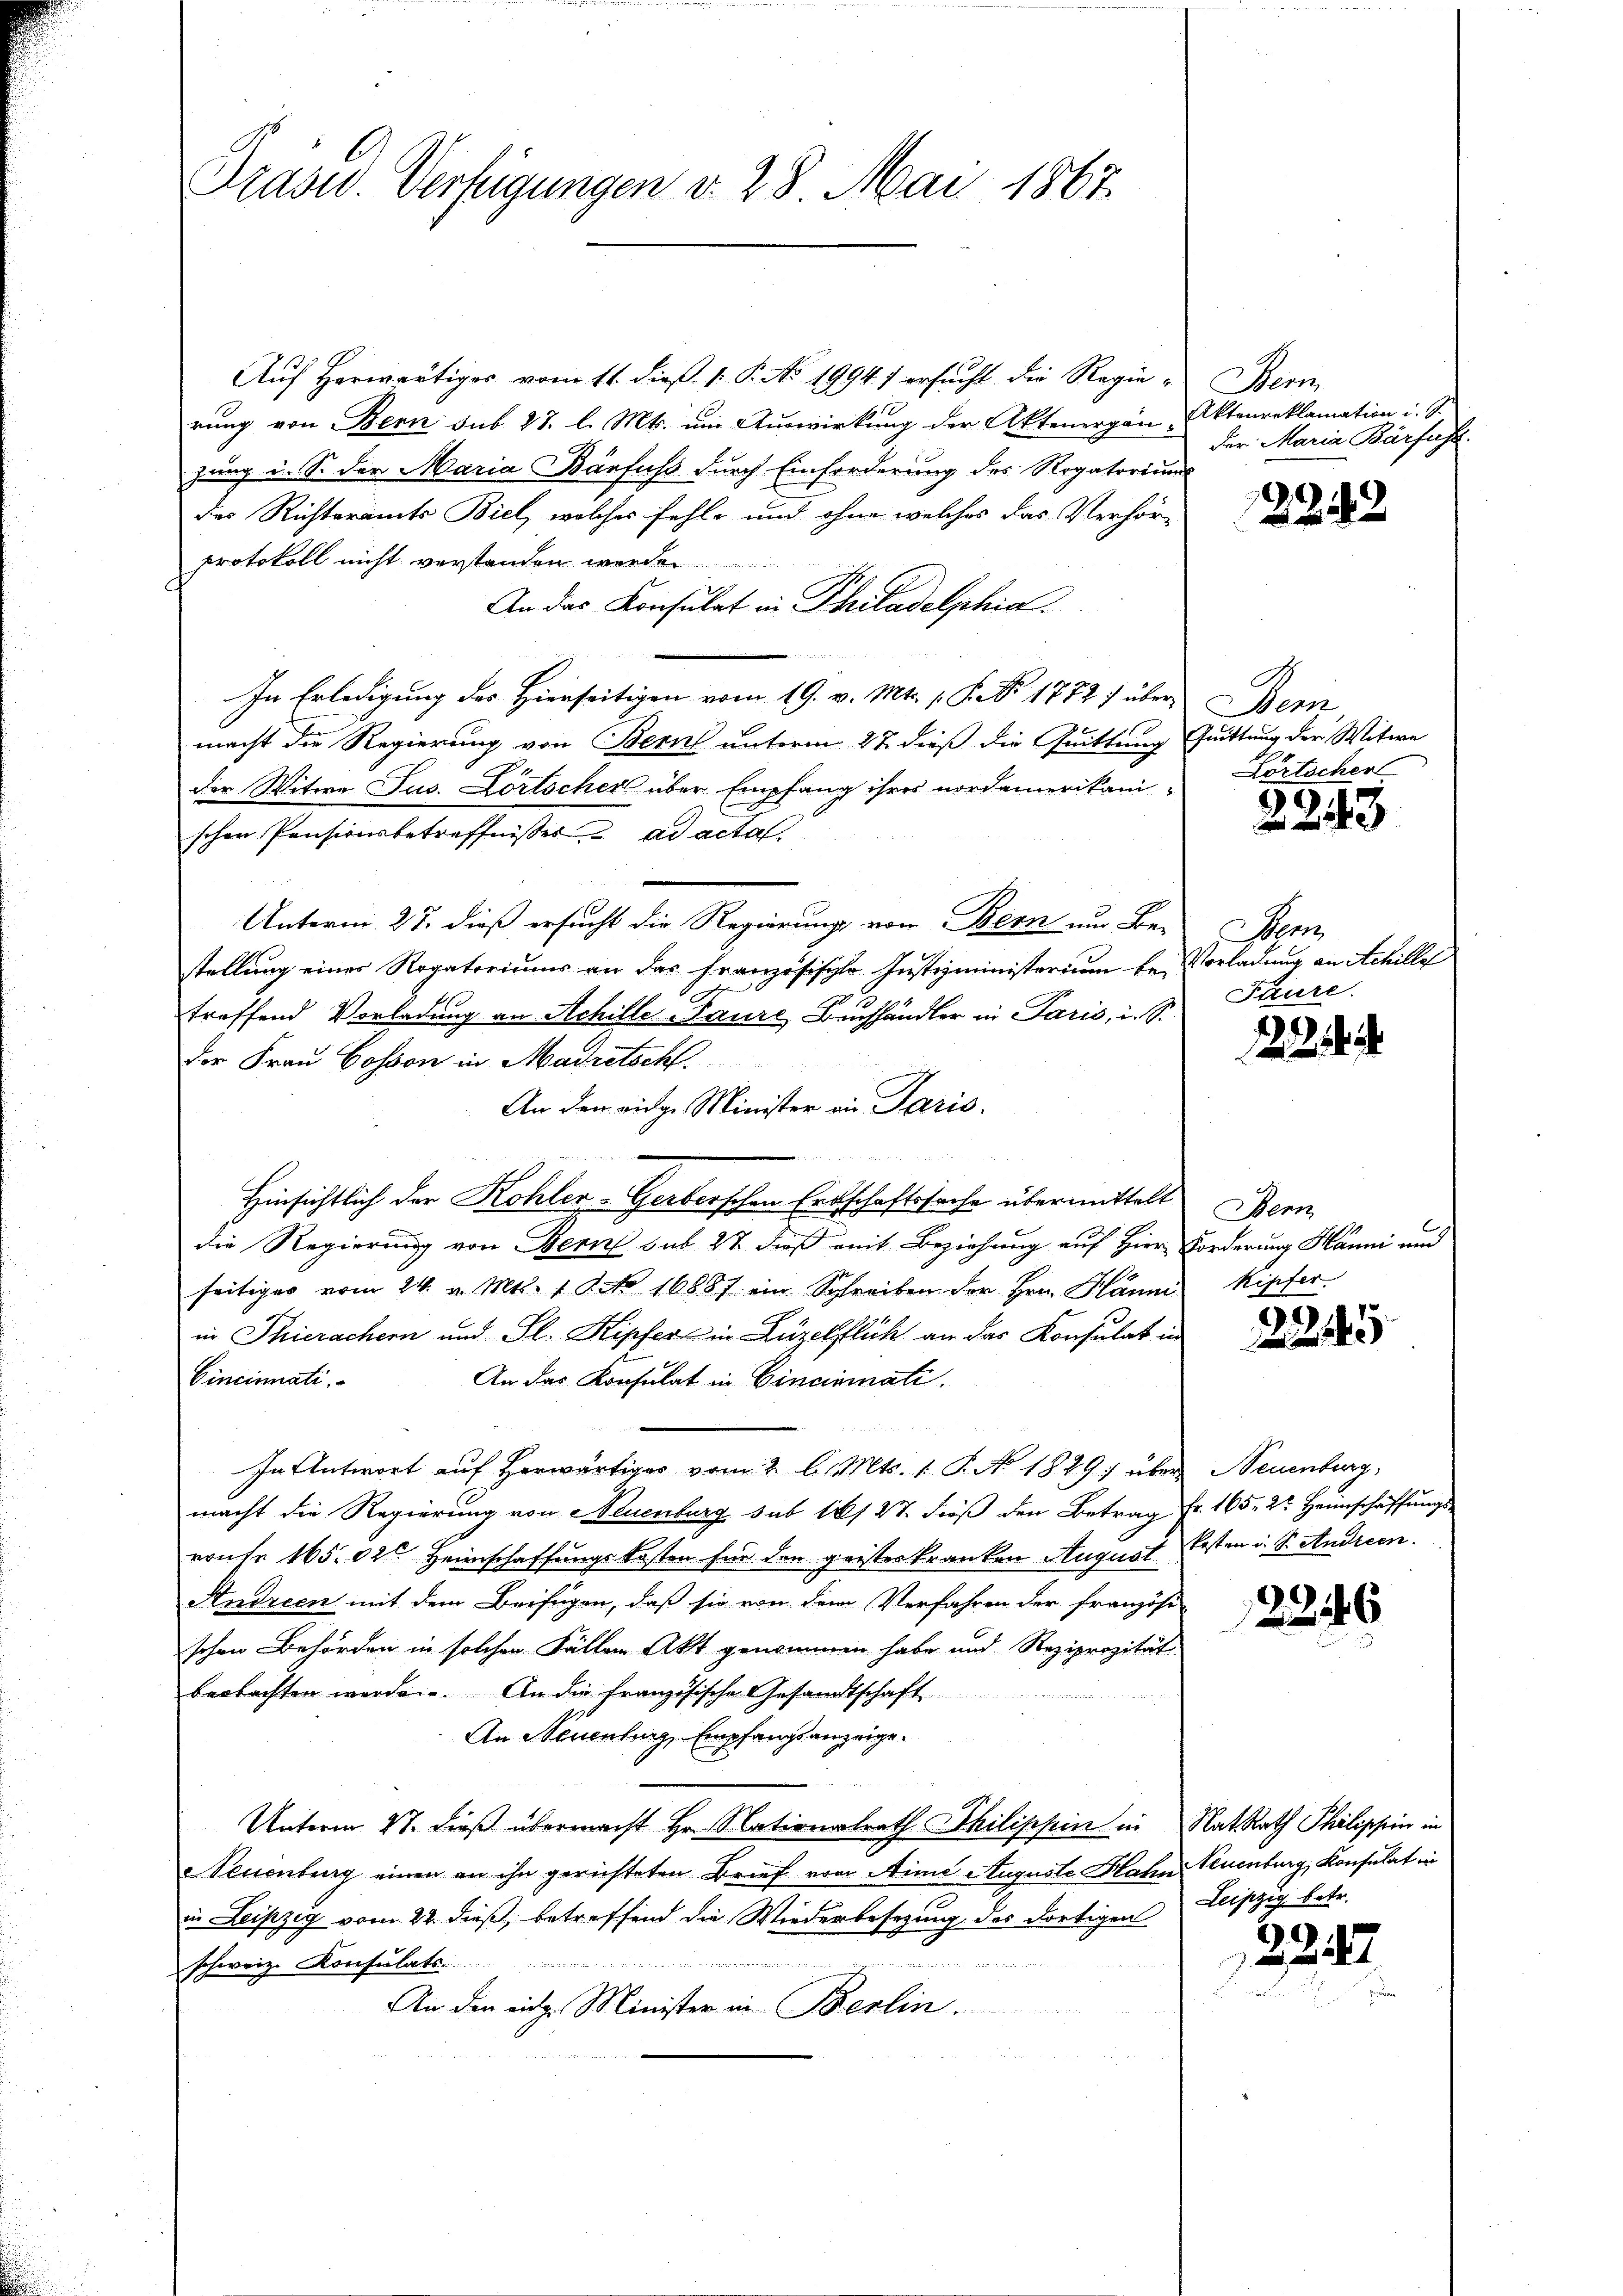
Trasw. Verfügungen v. 28. Mai 1867.

Auf Herwärtiges vom 11. dieß P. P. No. 1994) ersucht die Regierung von Bern sub 27. l. Mts. um Auswirkung der Aktenergan Aktenreklamation i. S.
zung i. S. der Maria Barfuss durch Einforderung des Rogatoriums
des Richteramts Biel, welches fehle und ohne welches das Verhör-
Protokoll nicht verstanden werde
An das Konsulat in Philadelphia
In Erledigung des Hierseitigen vom 19. v. Mts. 1. P. Nr. 1772) über Bern
macht die Regierung von Bern unterm 27. dieß die Quittung Quittung der Witwe
1
t
der Witwe Jus. Dortscher über Empfang ihres nordamerikani-
schen Pensionsbetreffnisses ad acta
Untern. 27. dieß ersucht die Regierung von Bern um Be-
stellung eines Rogatoriums an das französische Justizministerium be- Vorladung an Achille
treffend Vorladung an Achille Paure Bruchhändler in Paris, i. S.
Der Frau Cosson in Madretsch.
An den einge Minister in Paris.
g
 8
Hinsichtlich der Kohler-Gerberschen Erbschaftssache übermittelt
die Regierung von Bern sub 22 Fuß mit Beziehung auf Hier Forderung Hänni und
seitiger vom 24. v. Mts. 1 Art. 16887 ein Schreiben der Hrn. Hänni
in Thierachern und Sl. Kipfer in Luzelflich an das Konsulat in
Cincinati
An das Konsulat in Cincinati
In Antwort auf herwärtiger vom 2. l. Mts. 1. P. No 1849 über Neuenburg,
macht die Regierung von Neuenburg sub 1847 dieß den Betrag Fr. 165. 2t Heimschaffungs
ronfr 165. 12. Heimschaffungskosten für den geisteskranken August kosten i. S. Andreen.
Andreen mit dem Beifügen, daß sie von dem Verfahren der Französi
schon Behörden in solchen Fällen Akt genommen habe und Reziprozität
beobachten werde. An die französische Gesandtschaft
An Neuenburg, Empfangsanzeige.
Unterm 27. dieß übermacht Hr. Nationalrath Thilischein in Rat Rath Philippin in
Neuenburg einen an ihn gerichteten Brief von Aime Auguste Hahn Neuenburg, Konsulat in
in Leipzig vom 22. dieß, betreffend die Wiederbesezung des dortigen Leipzig betr.

schweiz. Konsulats.
An den eidg. Minister in Berlin.

Bern
Dar Maria Barfust.

2243

Lörtscher

2243

enz
Fäure.

.

Bern
Kipfer.

224

a

2246

2242